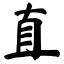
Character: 直